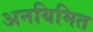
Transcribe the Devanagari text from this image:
अनयिमित